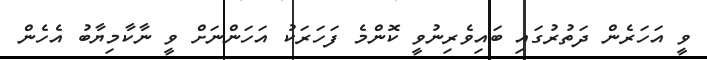
ވީ އަހަރެން ދަތުރުގައި ބައިވެރިނުވީ ކޮންމެ ފަހަރަކު އަހަންނަށް ވީ ނާކާމިޔާބު އެހެން